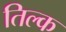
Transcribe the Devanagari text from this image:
तिल्क